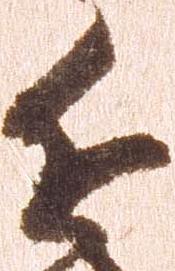
近